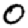
Digit: 0